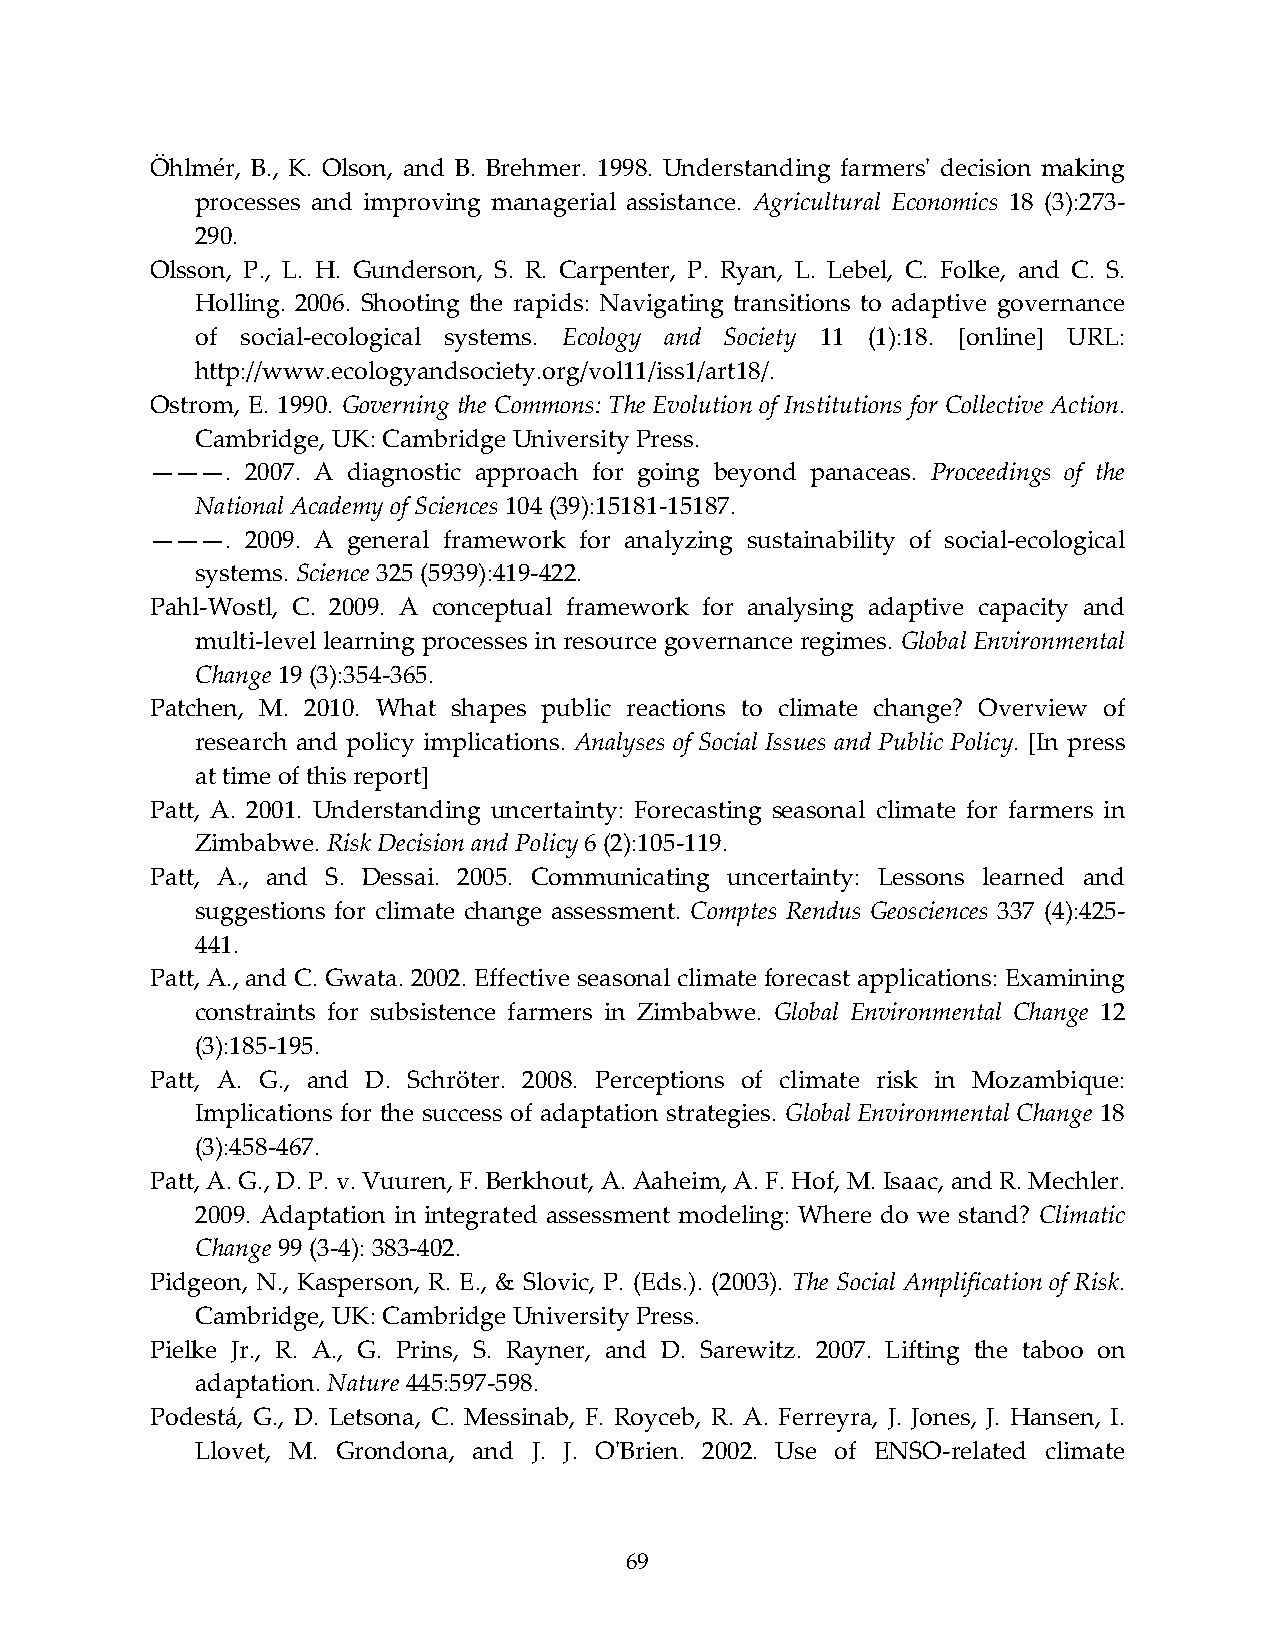
Öhlmér, B., K. Olson, and B. Brehmer. 1998. Understanding farmersʹ decision making
 processes and improving managerial assistance. Agricultural Economics 18 (3):273‐
 290.
 Olsson, P., L. H. Gunderson, S. R. Carpenter, P. Ryan, L. Lebel, C. Folke, and C. S.
 Holling. 2006. Shooting the rapids: Navigating transitions to adaptive governance
 of social‐ecological systems. Ecology and Society 11 (1):18. [online] URL:
 http://www.ecologyandsociety.org/vol11/iss1/art18/.
 Ostrom, E. 1990. Governing the Commons: The Evolution of Institutions for Collective Action.
 Cambridge, UK: Cambridge University Press.
 ———.  2007. A diagnostic approach for going beyond panaceas. Proceedings of the
 National Academy of Sciences 104 (39):15181‐15187.
 ———.  2009. A general framework for analyzing sustainability of social‐ecological
 systems. Science 325 (5939):419‐422.
 Pahl‐Wostl, C. 2009. A conceptual framework for analysing adaptive capacity and
 multi‐level learning processes in resource governance regimes. Global Environmental
 Change 19 (3):354‐365.
 Patchen, M. 2010. What shapes public reactions to climate change? Overview of
 research and policy implications. Analyses of Social Issues and Public Policy. [In press
 at time of this report]
 Patt, A. 2001. Understanding uncertainty: Forecasting seasonal climate for farmers in
 Zimbabwe. Risk Decision and Policy 6 (2):105‐119.
 Patt, A., and S. Dessai. 2005. Communicating uncertainty: Lessons learned and
 suggestions for climate change assessment. Comptes Rendus Geosciences 337 (4):425‐
 441.
 Patt, A., and C. Gwata. 2002. Effective seasonal climate forecast applications: Examining
 constraints for subsistence farmers in Zimbabwe. Global Environmental Change 12
 (3):185‐195.
 Patt, A. G., and D. Schröter. 2008. Perceptions of climate risk in Mozambique:
 Implications for the success of adaptation strategies. Global Environmental Change 18
 (3):458‐467.
 Patt, A. G., D. P. v. Vuuren, F. Berkhout, A. Aaheim, A. F. Hof, M. Isaac, and R. Mechler.
 2009. Adaptation in integrated assessment modeling: Where do we stand? Climatic
 Change 99 (3‐4): 383‐402.
 Pidgeon, N., Kasperson, R. E., & Slovic, P. (Eds.). (2003). The Social Amplification of Risk.
 Cambridge, UK: Cambridge University Press.
 Pielke Jr., R. A., G. Prins, S. Rayner, and D. Sarewitz. 2007. Lifting the taboo on
 adaptation. Nature 445:597‐598.
 Podestá, G., D. Letsona, C. Messinab, F. Royceb, R. A. Ferreyra, J. Jones, J. Hansen, I.
 Llovet, M. Grondona, and J. J. OʹBrien. 2002. Use of ENSO‐related climate
 69